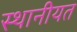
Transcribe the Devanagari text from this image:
स्थानीयत